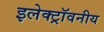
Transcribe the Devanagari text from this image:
इलेक्ट्रॉवनीय